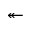
\twoheadleftarrow